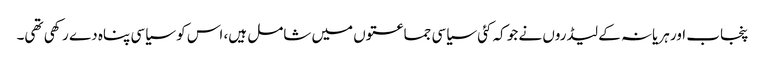
پنجاب اور ہریانہ کے لیڈروں نے جو کہ کئی سیاسی جماعتوں میں شامل ہیں، اس کو سیاسی پناہ دے رکھی تھی۔